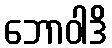
ဘောဝါဒိ